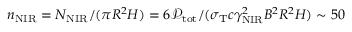
n _ { \mathrm { N I R } } = N _ { \mathrm { N I R } } / ( \pi R ^ { 2 } H ) = 6 \mathcal { P } _ { \mathrm { t o t } } / ( \sigma _ { \mathrm { T } } c \gamma _ { \mathrm { N I R } } ^ { 2 } B ^ { 2 } R ^ { 2 } H ) \sim 5 0